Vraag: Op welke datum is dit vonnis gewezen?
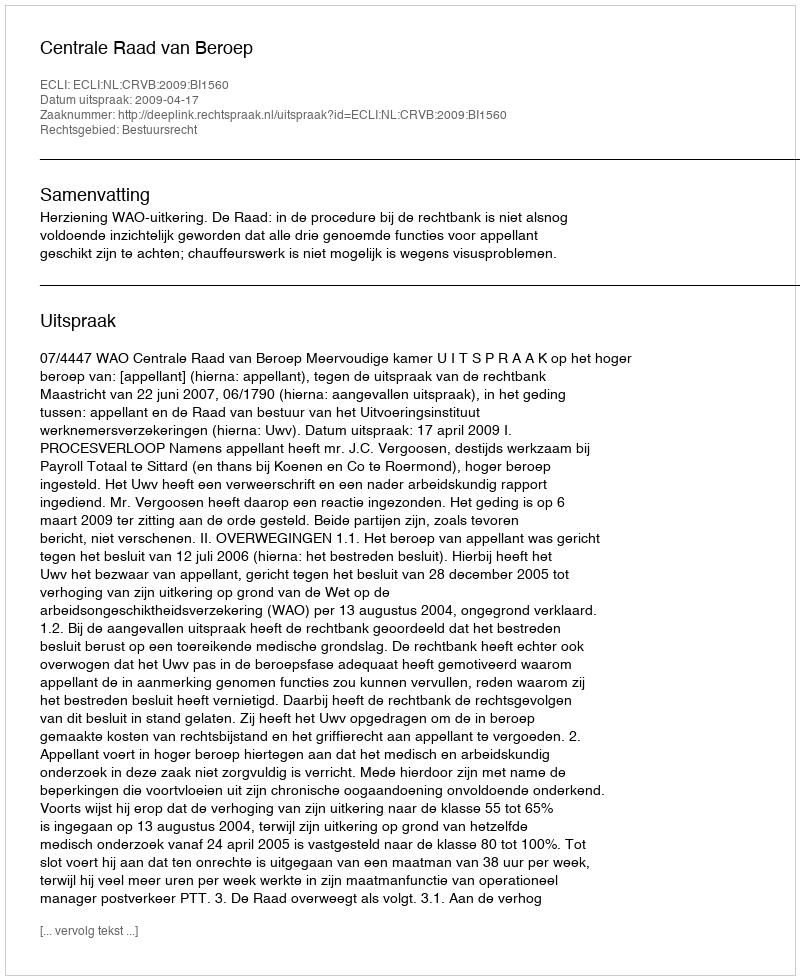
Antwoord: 2009-04-17